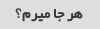
هر جا میرم؟